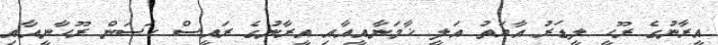
އީރާނުގެ ރޫހީ ލީޑަރު އާޔަތު އަލީ ޚާމަނާއީއާއި އީރާނުގެ ރައީސް ހަސަން ރޫހާނީއާއި